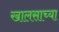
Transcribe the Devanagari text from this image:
खालसाच्या